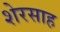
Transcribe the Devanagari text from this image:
शेरसाह